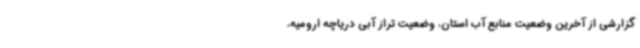
گزارشی از آخرین وضعیت منابع آب استان، وضعیت تراز آبی دریاچه ارومیه،